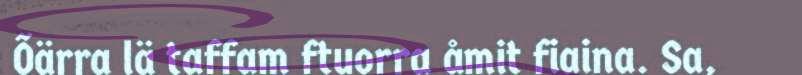
Õärra lä taffam ftuorra åmit fiaina. Sa,